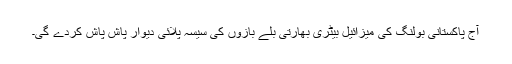
آج پاکستانی بولنگ کی میزائیل بیٹری بھارتی بلے بازوں کی سیسہ پلائی دیوار پاش پاش کردے گی۔